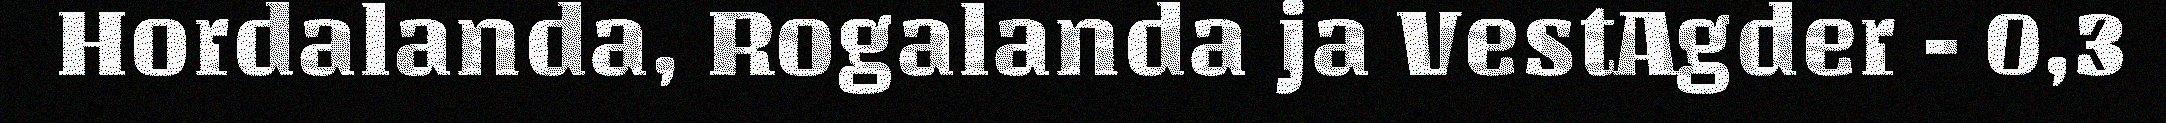
Hordalanda, Rogalanda ja VestAgder - 0,3